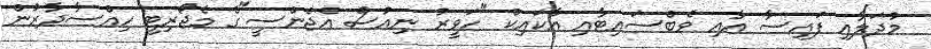
މުދަލާއި ފައިސާ އާއި ވެބްސައިޓާއި އާކައިކް "ހަވީރު ނިއުސް އެޖެންސީ"ގެ މެޖޯރިޓީ ހިއްސާދާރުން